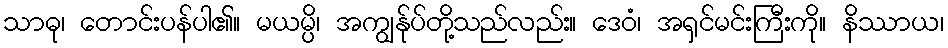
သာဓု၊ တောင်းပန်ပါ၏။ မယမ္ပိ၊ အကျွန်ုပ်တို့သည်လည်း။ ဒေဝံ၊ အရှင်မင်းကြီးကို။ နိဿာယ၊